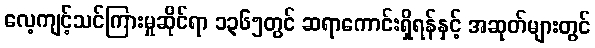
လေ့ကျင့်သင်ကြားမှုဆိုင်ရာ ၁၃၆၅တွင် ဆရာကောင်းရှိရန်နှင့် အဆုတ်များတွင်